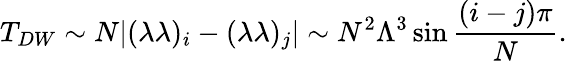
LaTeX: T_{DW}\sim N|(\lambda\lambda)_{i}-(\lambda\lambda)_{j}|\sim N^{2}\Lambda^{3}\sin{{\frac{(i-j)\pi}{N}}}.